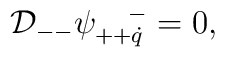
{\cal D}_{--} \psi^{~~~-}_{++\dot q} = 0 ,